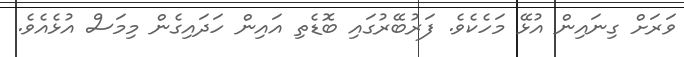
ވަރަށް ގިނައިން އުޅޭ މަހެކެވެ. ފަރުބޭރުގައި ބޮޑެތި އައިން ހަދައިގެން މިމަސް އުޅެއެވެ.